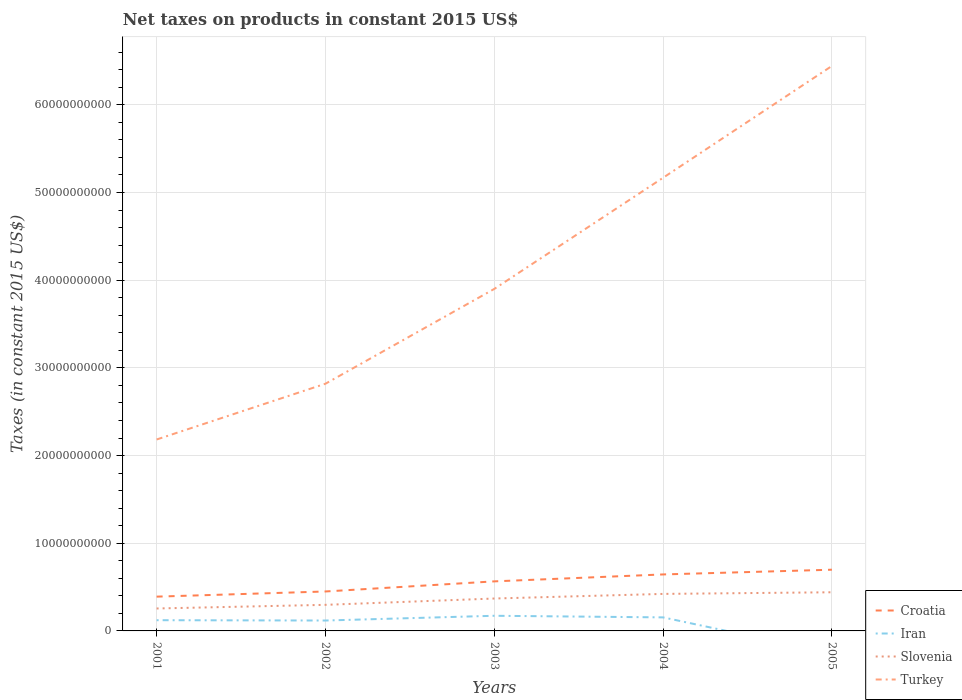
| Years | Croatia | Iran | Slovenia | Turkey |
 | --- | --- | --- | --- | --- |
 | 2001 | 3.91e+09 | 1.22e+09 | 2.56e+09 | 2.18e+10 |
 | 2002 | 4.5e+09 | 1.19e+09 | 2.98e+09 | 2.82e+10 |
 | 2003 | 5.65e+09 | 1.73e+09 | 3.7e+09 | 3.9e+10 |
 | 2004 | 6.44e+09 | 1.54e+09 | 4.22e+09 | 5.17e+10 |
 | 2005 | 6.98e+09 | -2.56e+09 | 4.41e+09 | 6.44e+10 |